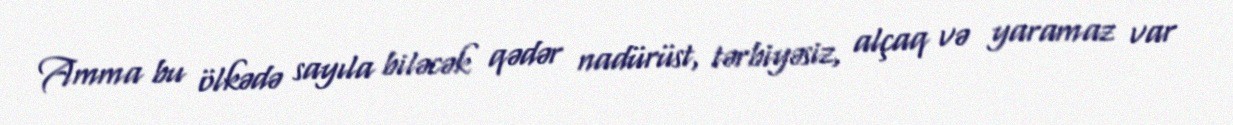
Amma bu ölkədə sayıla biləcək qədər nadürüst, tərbiyəsiz, alçaq və yaramaz var